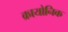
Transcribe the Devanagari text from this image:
क्रायोनिक